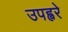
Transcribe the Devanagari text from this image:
उपह्वरे